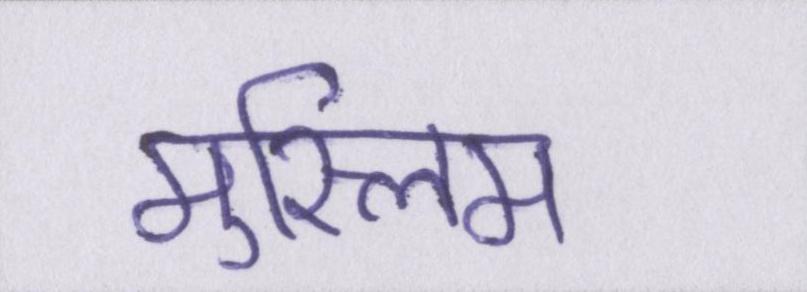
मुस्लिम